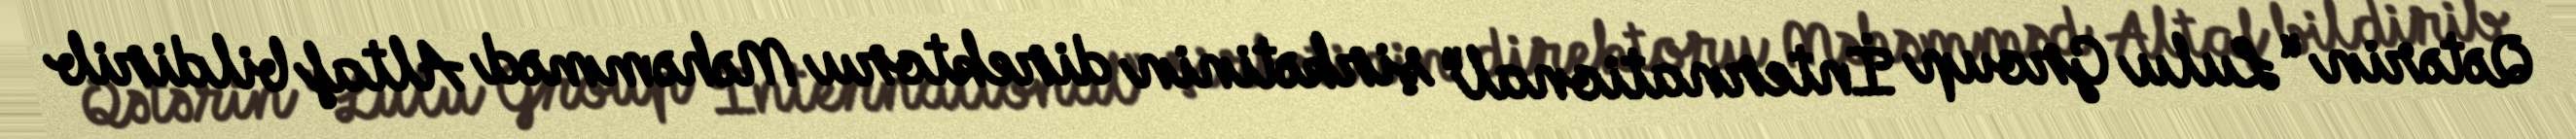
Qətərin “Lulu Group İnternational” şirkətinin direktoru Məhəmməd Altaf bildirib